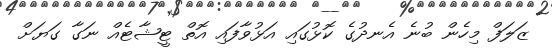
ޒަލަފް މިހެން ބުނެ އެނދުގެ ކޮޅުގައި އަޅުވާފައި އޮތް ޓީޝާޓެއް ނަގާ ގަޔަށް